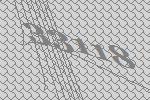
33118